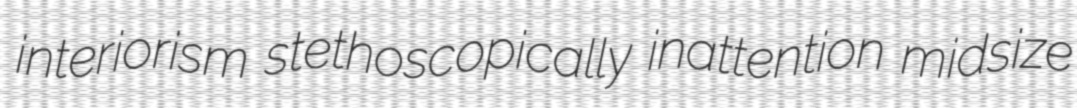
interiorism stethoscopically inattention midsize